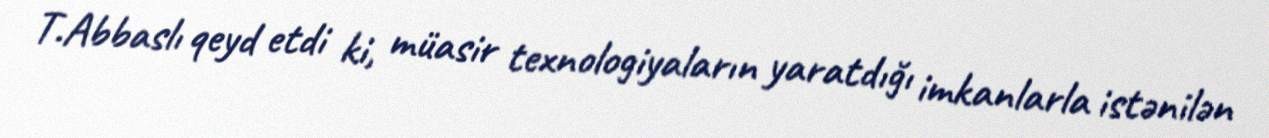
T.Abbaslı qeyd etdi ki, müasir texnologiyaların yaratdığı imkanlarla istənilən